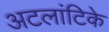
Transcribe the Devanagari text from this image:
अटलांटिके